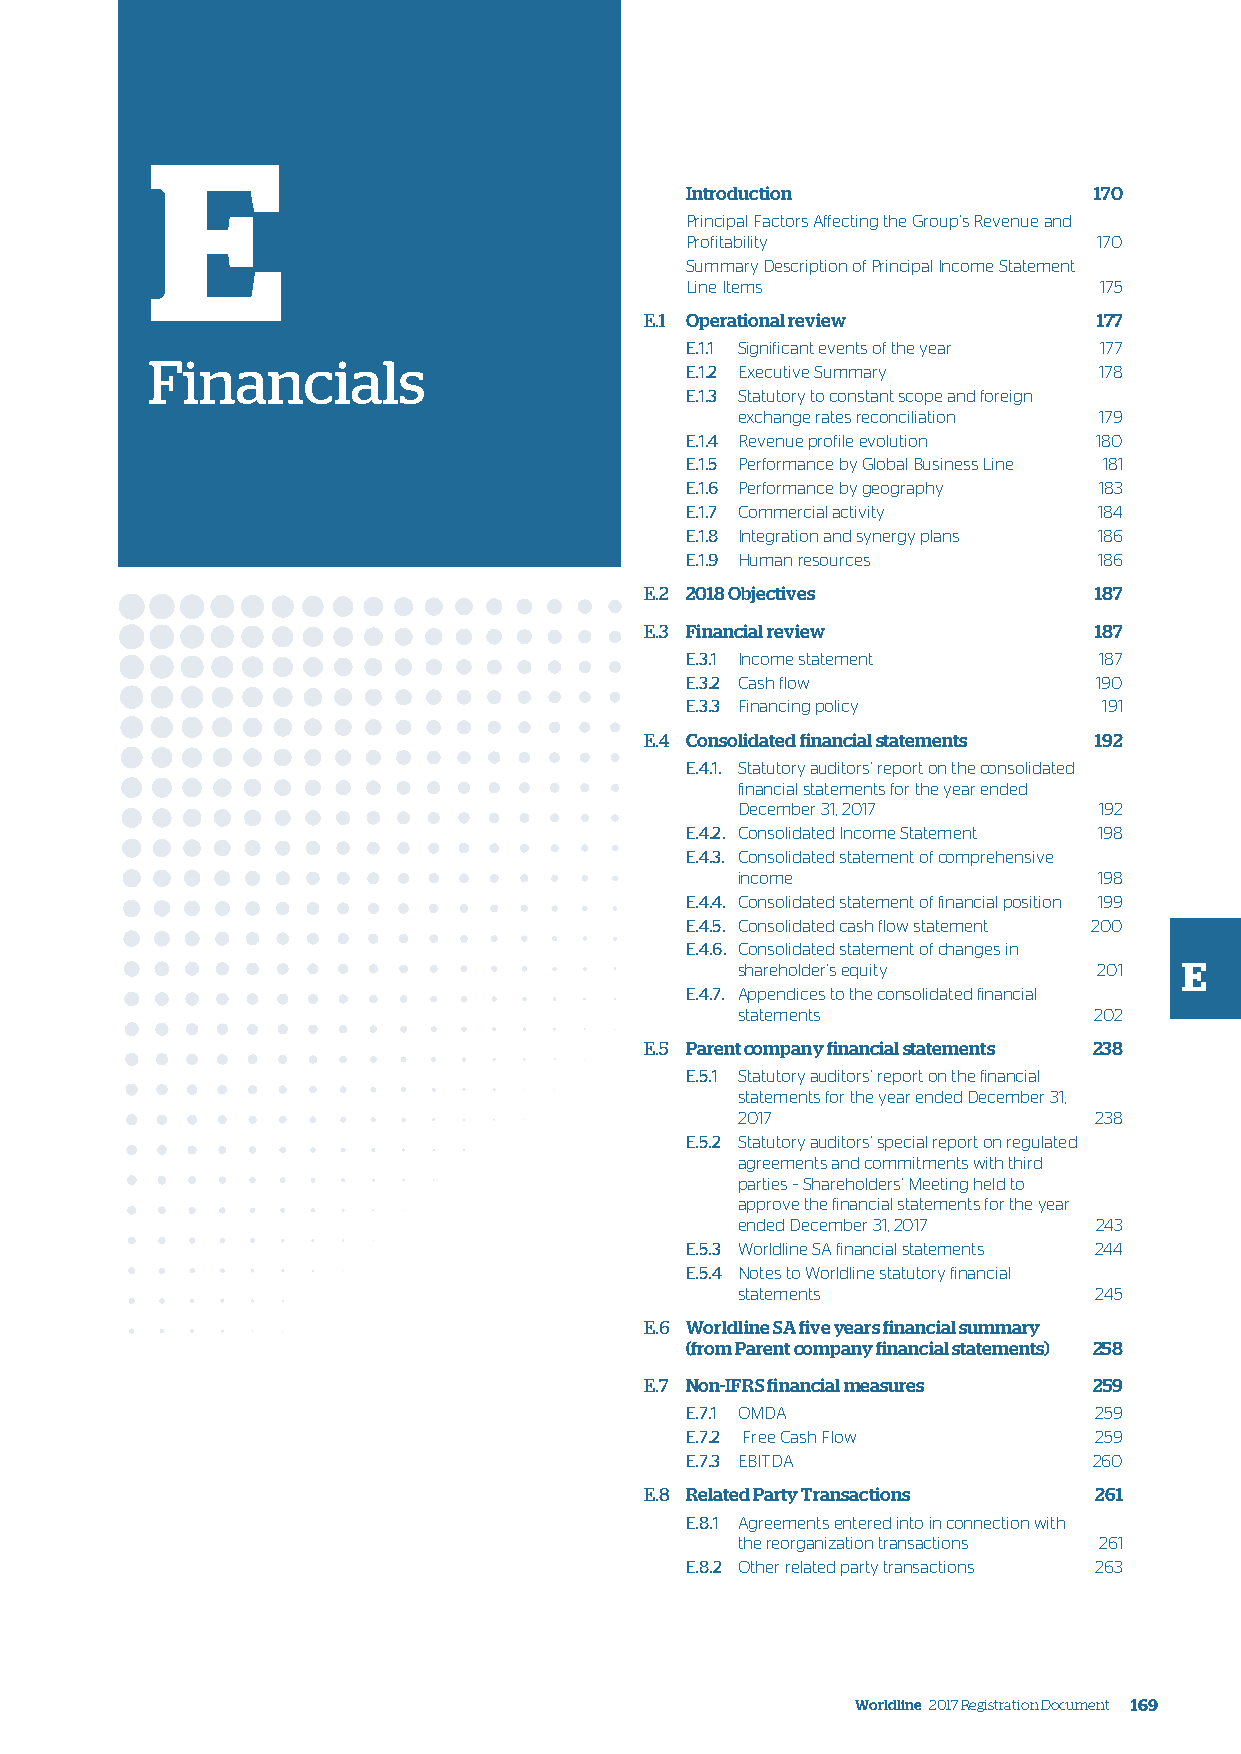
E
 Introduction               170
 Principal Factors Affecting the Group’s Revenue and
 Profitability               170
 Summary Description of Principal Income Statement
 Line Items                  175
 E.1 Operational review        177
 E.1.1 Significant events of the year 177
 Financials
 E.1.2 Executive Summary     178
 E.1.3 Statutory to constant scope and foreign
 exchange rates reconciliation 179
 E.1.4 Revenue profile evolution 180
 E.1.5 Performance by Global Business Line 181
 E.1.6 Performance by geography 183
 E.1.7 Commercial activity   184
 E.1.8 Integration and synergy plans 186
 E.1.9 Human resources       186
 E.2 2018 Objectives          187
 E.3 Financial review         187
 E.3.1 Income statement      187
 E.3.2 Cash flow             190
 E.3.3 Financing policy      191
 E.4 Consolidated financial statements 192
 E.4.1. Statutory auditors’ report on the consolidated
 financial statements for the year ended
 December 31, 2017       192
 E.4.2. Consolidated Income Statement 198
 E.4.3. Consolidated statement of comprehensive
 income                  198
 E.4.4. Consolidated statement of financial position 199
 E.4.5. Consolidated cash flow statement 200
 E.4.6. Consolidated statement of changes in
 shareholder’s equity    201  E
 E.4.7. Appendices to the consolidated financial
 statements             202
 E.5 Parent company financial statements 238
 E.5.1 Statutory auditors’ report on the financial
 statements for the year ended December 31,
 2017                   238
 E.5.2 Statutory auditors’ special report on regulated
 agreements and commitments with third
 parties – Shareholders’ Meeting held to
 approve the financial statements for the year
 ended December 31, 2017 243
 E.5.3 Worldline SA financial statements 244
 E.5.4 Notes to Worldline statutory financial
 statements             245
 E.6 Worldline SA five years financial summary
 (from Parent company financial statements) 258
 E.7 Non-IFRS financial measures 259
 E.7.1 OMDA                 259
 E.7.2 Free Cash Flow       259
 E.7.3 EBITDA               260
 E.8 Related Party Transactions 261
 E.8.1 Agreements entered into in connection with
 the reorganization transactions 261
 E.8.2 Other related party transactions 263
 Worldline 2017 Registration Document 169